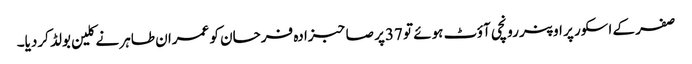
صفر کے اسکور پر اوپنر رونچی آؤٹ ہوئے تو 37پر صاحبزادہ فرحان کو عمران طاہر نے کلین بولڈ کردیا۔